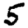
Digit: 5